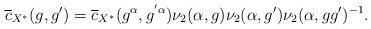
LaTeX: \begin{align*}\overline{c}_{X^{\ast}}(g, g')=\overline{c}_{X^{\ast}}(g^{\alpha},g^{'\alpha})\nu_2(\alpha,g) \nu_2(\alpha,g') \nu_2(\alpha, gg')^{-1}.\end{align*}